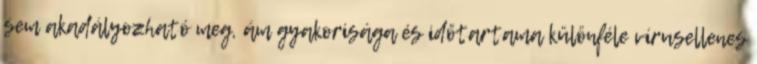
sem akadályozható meg, ám gyakorisága és időtartama különféle vírusellenes